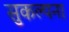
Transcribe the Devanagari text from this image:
सुकल्पना